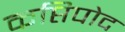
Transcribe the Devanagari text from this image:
कप्तिपोद